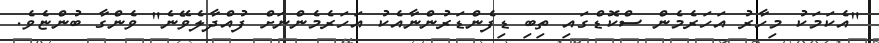
"އެކަމަކު މިހާރު އަހަރެމެން ސްކޮޑްގައި ތިބި ޑިފެންޑަރުންނާއެކު އަހަރެމެންނަށް ފުއްދާލެވޭނެ" ވެންގާ ބުންޏެވެ.